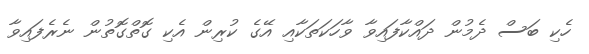
ހެކި ބަސް ދެމުން ދައްކާފައިވާ ވާހަކަތަކާއި އޭގެ ކުރިން އެކި ގޮތްގޮތުން ނެރެފައިވާ